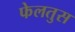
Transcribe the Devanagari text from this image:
फेलतुस